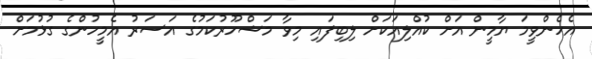
އެހެންވީމަ ޔާމީން އަށް ކުއްލިއަކަށް ލިބިފައި މިވާ މަޝްހޫރުކަމުގެ އަސަރު އެމީހުންގެ ގުޅުމަށް